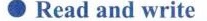
Readand write